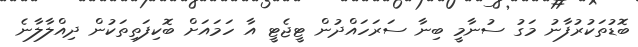
ބޮޑުތަކުރުފާނު މަގު ސުނާމީ ބިނާ ސަރަހައްދުން ޓީޖެޓީ އާ ހަމައަށް ބޮކިފަތިތަކުން ދިއްލާލާނެ